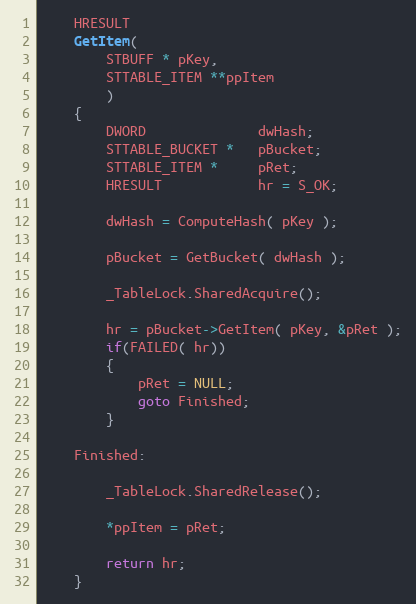
Language: C
    HRESULT
    GetItem(
        STBUFF * pKey,
        STTABLE_ITEM **ppItem
        )
    {
        DWORD              dwHash;
        STTABLE_BUCKET *   pBucket;
        STTABLE_ITEM *     pRet;
        HRESULT            hr = S_OK;

        dwHash = ComputeHash( pKey );

        pBucket = GetBucket( dwHash );

        _TableLock.SharedAcquire();

        hr = pBucket->GetItem( pKey, &pRet );
        if(FAILED( hr))
        {
            pRet = NULL;
            goto Finished;
        }

    Finished:

        _TableLock.SharedRelease();

        *ppItem = pRet;

        return hr;
    }